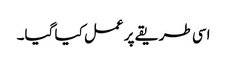
اسی طریقے پر عمل کیا گیا۔